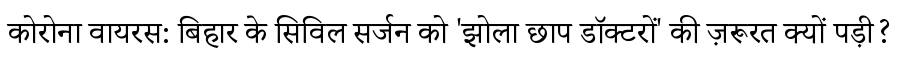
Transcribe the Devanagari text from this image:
कोरोना वायरस: बिहार के सिविल सर्जन को 'झोला छाप डॉक्टरों' की ज़रूरत क्यों पड़ी?